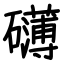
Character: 礴